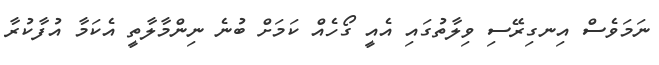
ނަމަވެސް އިނގިރޭސި ވިލާތުގައި އެއީ ގޯހެއް ކަމަށް ބުނެ ނިންމާލާތީ އެކަމާ އުފާކުރާ